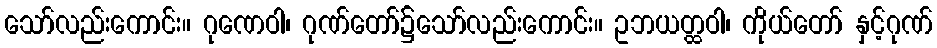
သော်လည်းကောင်း။ ဂုဏေဝါ၊ ဂုဏ်တော်၌သော်လည်းကောင်း။ ဥဘယတ္ထဝါ၊ ကိုယ်တော် နှင့်ဂုဏ်